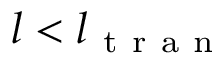
l < l _ { \mathrm { ~ t ~ r ~ a ~ n ~ } }